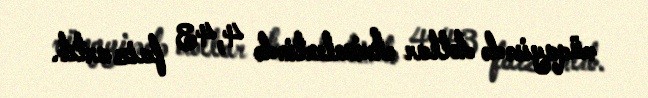
müqayisədə dollar ekvivalentində 4,43 faiz artıb.